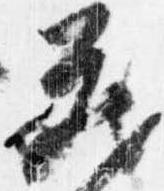
蔵